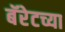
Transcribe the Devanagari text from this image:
बॅरेटच्या